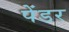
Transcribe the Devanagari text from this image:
पेंडर